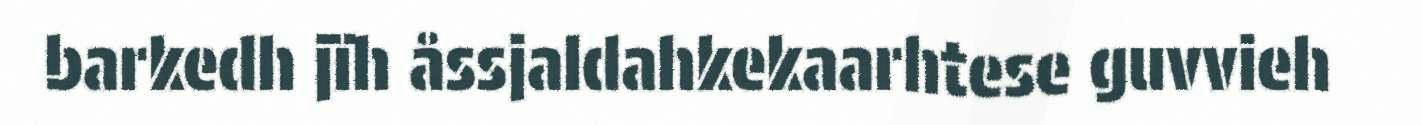
barkedh jïh åssjaldahkekaarhtese guvvieh